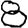
Digit: 8